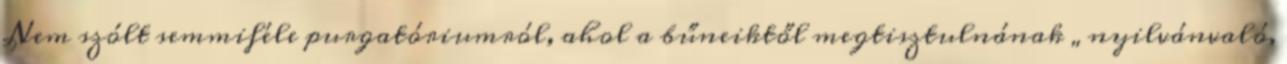
Nem szólt semmiféle purgatóriumról, ahol a bűneiktől megtisztulnának „nyilvánvaló,